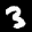
Label: 3